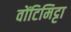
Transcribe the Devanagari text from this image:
वोंटिमिट्टा